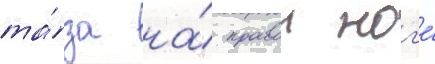
та́за на́ правои ног'е́